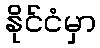
နိုင်ငံမှာ